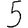
Digit: 5